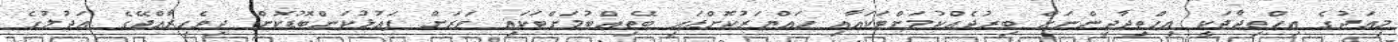
މިއަދުގެ އިހްތިޖާޖަކީ އިހްތިޖާޖީންނަށް ބިރުދެއްކުމަށްޓަކައާއި ހައްޔަރުކޮށްފައި ބޭތިއްބުމަށްޓަކައި ވަރަށް ފައުޅުކަންބޮޑުކޮށް ދިވެހިރާއްޖޭގެ އަދުލުގެ